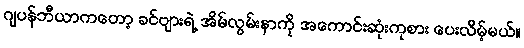
ဂျပန်ဘီယာကတော့ ခင်ဗျားရဲ့ အိမ်လွမ်းနာကို အကောင်းဆုံးကုစား ပေးလိမ့်မယ်။